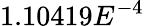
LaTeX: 1.10419E^{-4}